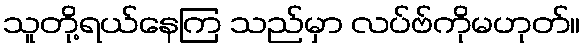
သူတို့ရယ်နေကြ သည်မှာ လပ်ဗ်ကိုမဟုတ်။